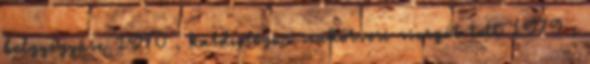
belgyógyász 1970 , kardiológus szakorvosi vizsgát tett 1979 ;